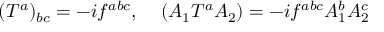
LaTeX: ( { T ^ { a } } ) _ { b c } = - i f ^ { a b c } , \; \; \; \; ( { \cal A } _ { 1 } T ^ { a } { \cal A } _ { 2 } ) = - i f ^ { a b c } { \cal A } _ { 1 } ^ { b } { \cal A } _ { 2 } ^ { c }